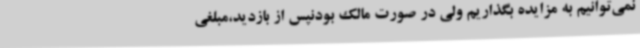
نمی‌توانیم به مزایده بگذاریم ولی در صورت مالک بودنپس از بازدید،مبلغی